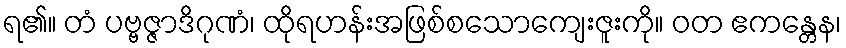
ရ၏။ တံ ပဗ္ဗဇ္ဇာဒိဂုဏံ၊ ထိုရဟန်းအဖြစ်စသောကျေးဇူးကို။ ဝတ ဧကန္တေန၊